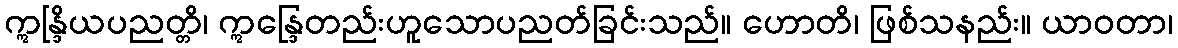
ဣန္ဒြိယပညတ္တိ၊ ဣန္ဒြေတည်းဟူသောပညတ်ခြင်းသည်။ ဟောတိ၊ ဖြစ်သနည်း။ ယာဝတာ၊